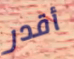
أقدر